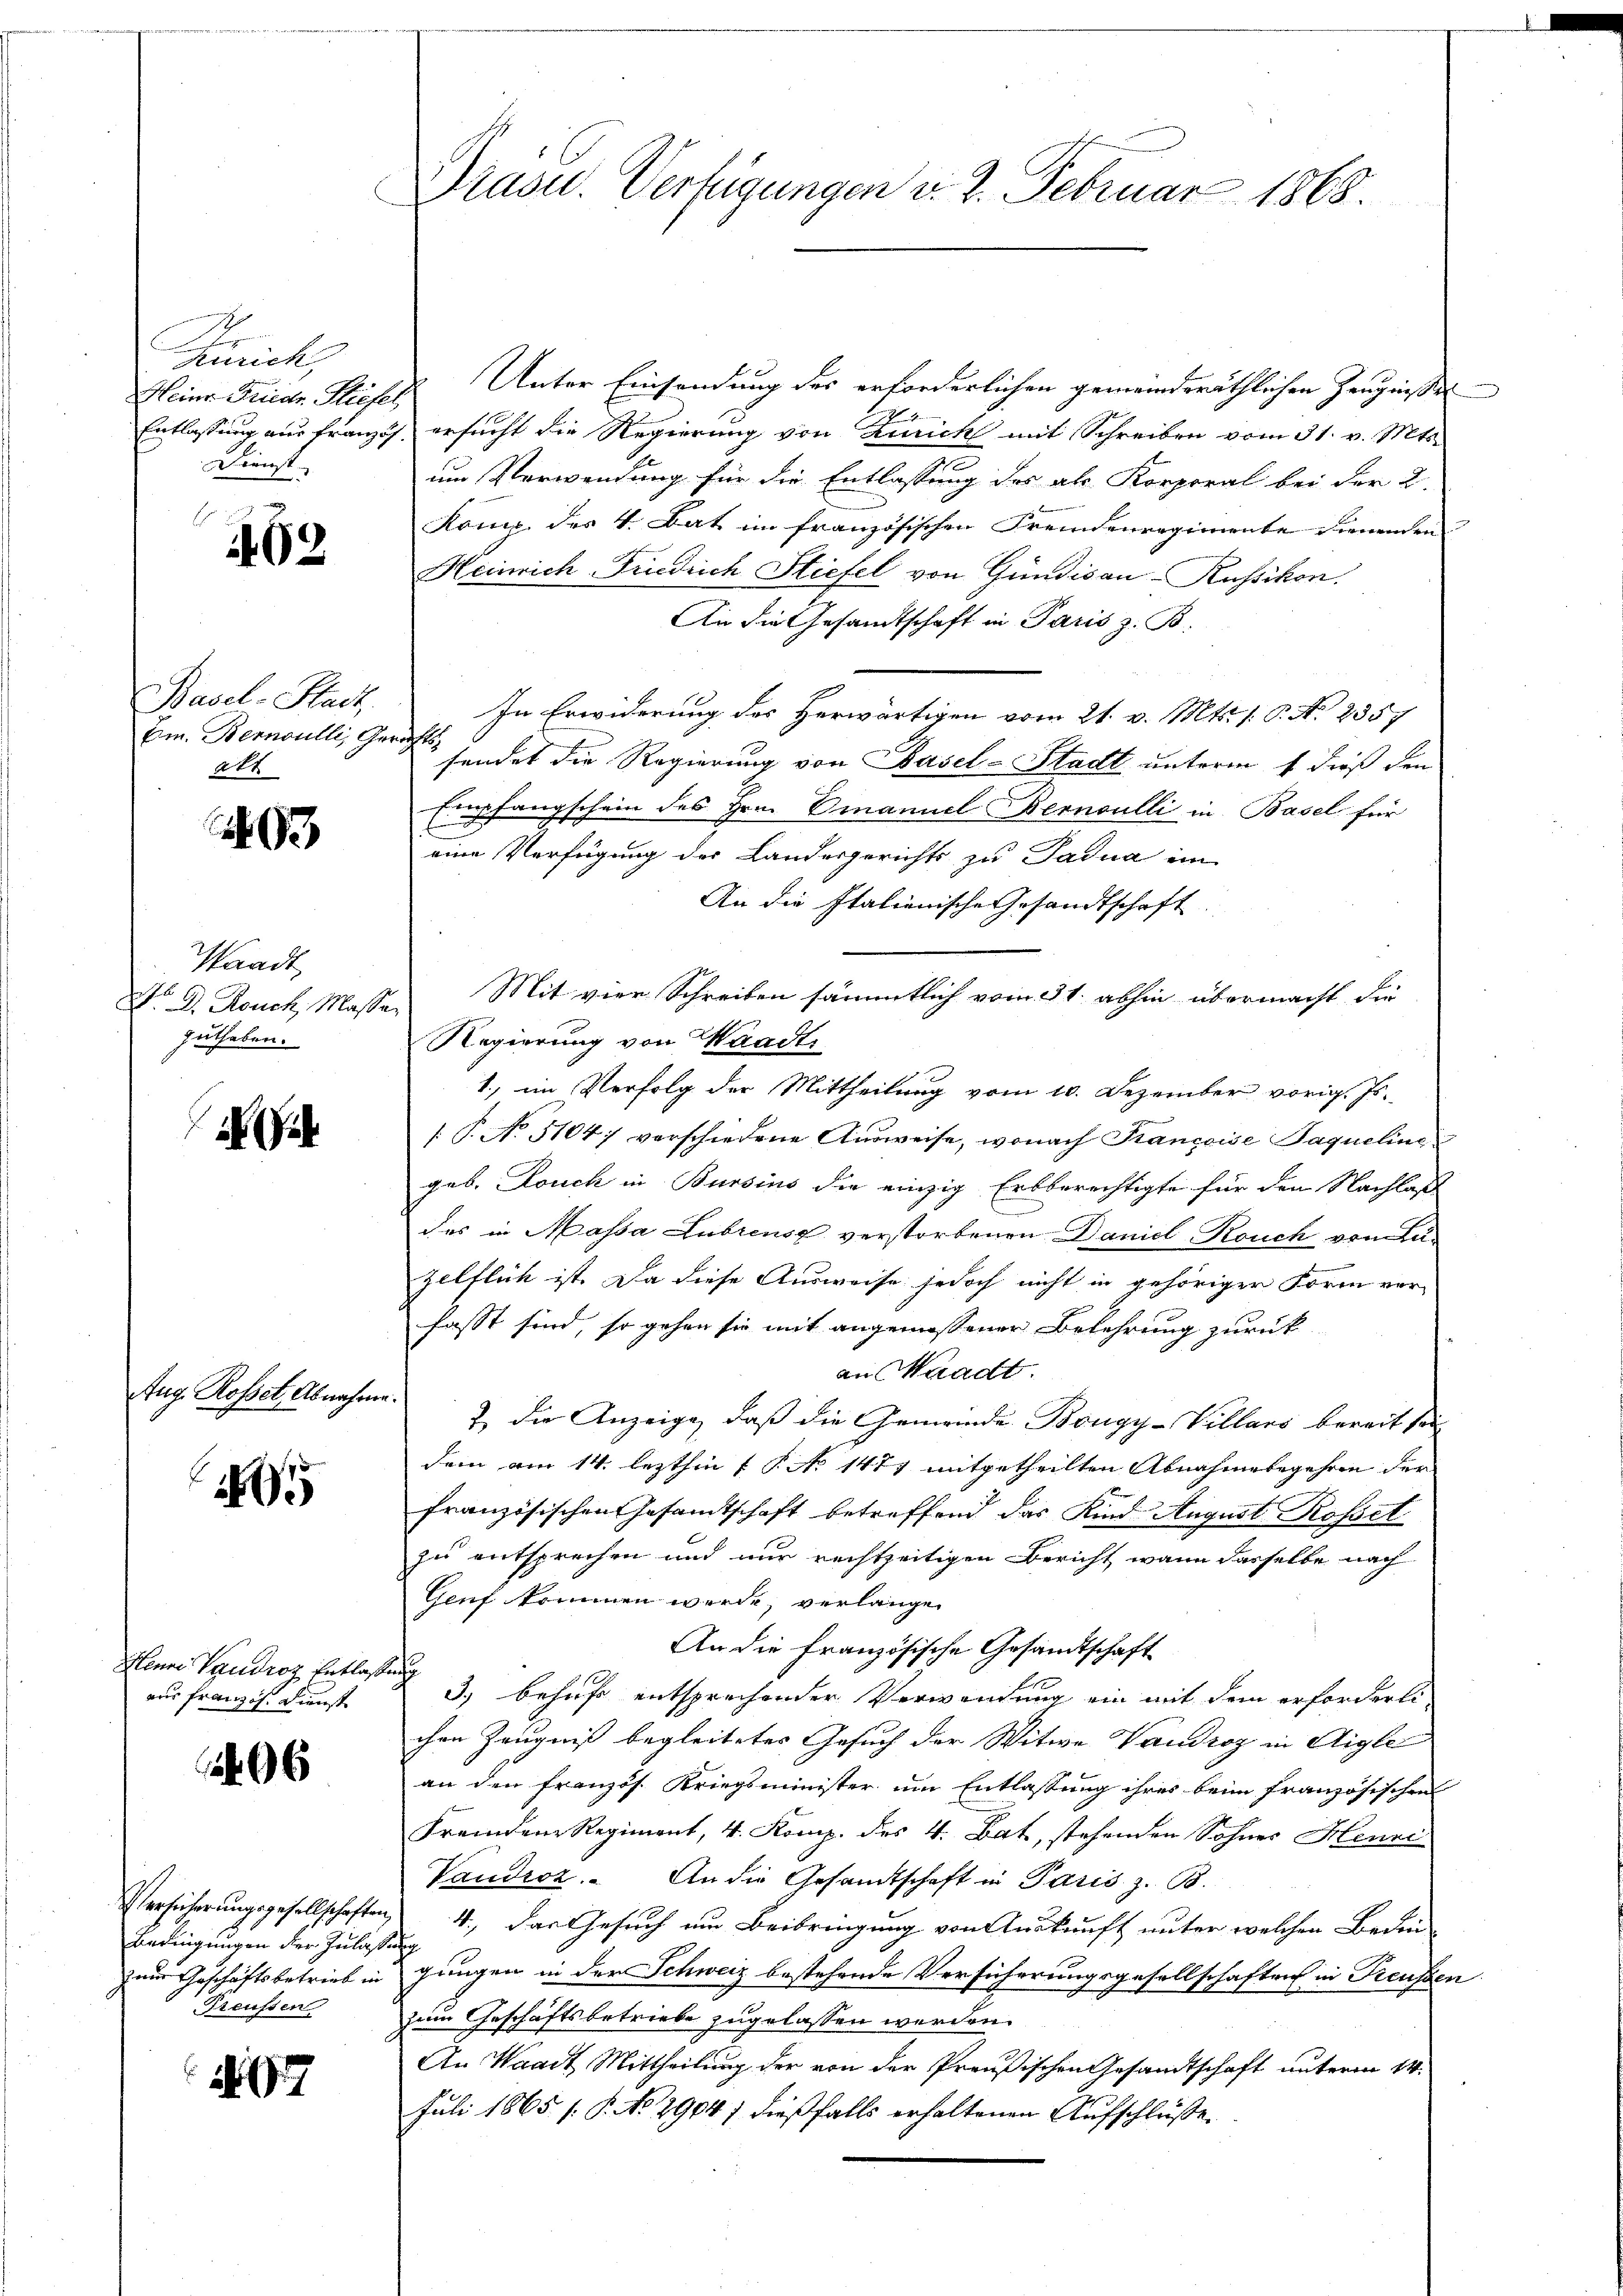
unit
Heine Funde Stiefel
Dienst

1162.

Basel-Stack,
Em. Bernoulli, Gerichts
akt

Waadt
Zuthaben.

Aug. Rosset, Abnahme.

1

Henni Vaudroz Entlas
nur französ. Dienst

96

Bedingungen der Zulassung
Preussen

97

Unter Einsendung des erforderlichen gemeinderäthlichen Zeugnisses
Entlassung aus franzig ersucht die Regierung von Zürich mit Schreiben vom 31. v. Mts.
um Verwendung für die Entlassung des als Korporal bei der 2.
König des 4. Bat im französischen Fremdenregimente dienenden
Heinrich-Friedrich Stiefel von Gündisau-Russikon.
An die Gesandtschaft in Paris z. B.
In Erwiderung des Herwärtigen vom 21. v. Mts. f. P. Nr. 2357
sendet die Regierung von Basel-Stadt unterm 7 dieß den
Empfangschein des Hrn. Emanuel Bernoulli in Basel für
eine Verfügung der Landesgerichts zu Padua im
An die Italienische Gesandtschaft.
No D. Rouch, Masse Mit vier Schreiben sämmtlich vom 31. abhin übermacht die
Regierung von Waadt
1., im Verfolg der Mittheilung vom 10. Dezember vorig. Js.
[ P. No 5104) verschiedene Ausweise, wonach Françoise Paqueline
geb. Douch in Bursins die einzig Erbberechtigte für den Nachlas
des in Massa Lubrense verstorbenen Daniel, Rouch von Luzeltlich ist. Da diese Ausweise jedoch nicht in gehöriger Form ver-
fasst sind, so gehen sie mit angemessener Belehrung zurück
an Waadt.
& die Anzeige, daß die Gemeinde Bongy-Villars bereit sein
dem am 14. lezthin 1 § No 1477 mitgetheilten Abnahmebegehren der
französischen Gesamtschaft betreffend das Kind August Rosset
zu entsprechen und nur rechtzeitigen Bericht wann dasselbe nach
Genf kommen werde, verlangen
An die französische Gesandtschaft
Fah
3) behufe entsprechender Verwendung ein mit dem erforderte
chen Zeugniß begleitetes Gesuch der Witwe Vaudroz in Aigle
an den französ. Kriegsminister um Entlassung ihres beim französischen
Fremden Regiment, 4. Komp. des 4. Bat, stehenden Sohnes Henni
Vaudroz. An die Gesandtschaft in Paris z. B.
Versicherungsgesellschaften 4, das Gesuch um Beibringung von Auskunft unter welchen Beden-
zum Geschäftsbetrieb in jungen in der Schweiz bestehende Versicherungsgesellschaften in Reussen
zum Geschäftsbetriebe zugelassen werden.
An Waadt Mittheilung der von der Preußischen Gesandtschaft unterm 14.
Juli 1865 /: P. No 2904/ dießfalls erhaltenen Aufschlüße

Präsid.. Verfügungen d. 2. Februar 1868.